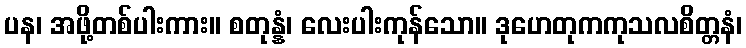
ပန၊ အဖို့တစ်ပါးကား။ စတုန္နံ၊ လေးပါးကုန်သော။ ဒုဟေတုကကုသလစိတ္တနံ၊